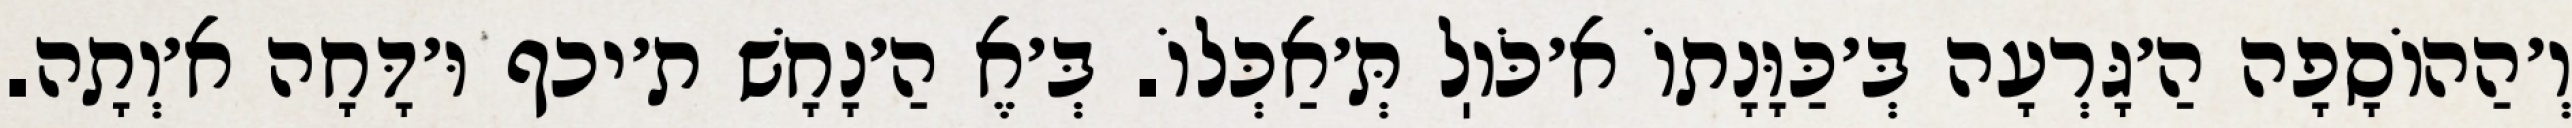
וְ׳הַהוֹסָפָה הַ׳גָּרְעָה בְּ׳כַּוָּנָתוֹ א׳כֹּוֽל תְּ׳אַכְּלוֹ. בְּ׳אֶ הַ׳נָחָשׁ ת׳יכף וּ׳דָּחָה א׳וְתָה.